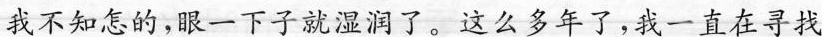
我不知怎的，眼一下子就湿润了，这么多年了，我一直在寻找